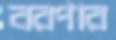
বরপার